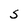
Character: S